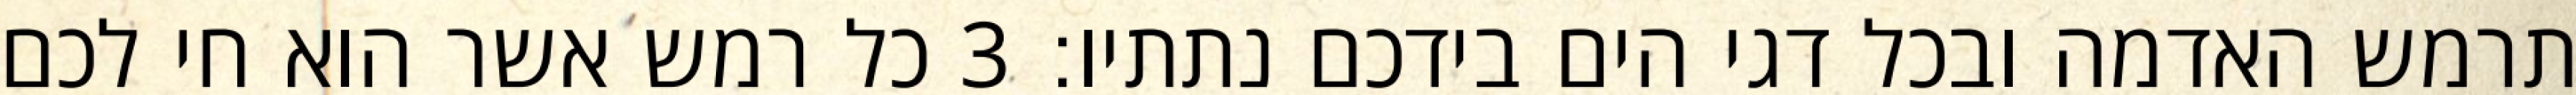
תרמש האדמה ובכל דגי הים בידכם נתתיו׃ ‎3‏ כל רמש אשר הוא חי לכם